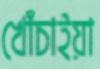
খোঁচাইয়া